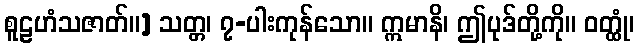
စူဠဟံသဇာတ်။] သတ္တ၊ ၇-ပါးကုန်သော။ ဣမာနိ၊ ဤပုဒ်တို့ကို။ ဝတ္ထုံ၊